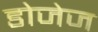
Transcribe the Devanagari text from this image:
डोजेज